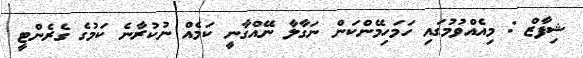
ޝިފާޒް : މިއެއްވުމުގައި ހަމަހިމޭންކަން ނަގާލާ ނޭއްގާނީ ކަމެއް ނުކުރާނެ ކަމުގެ ގެރެންޓީ